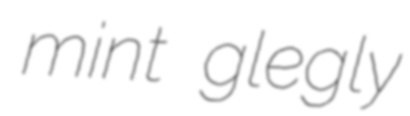
mint glegly